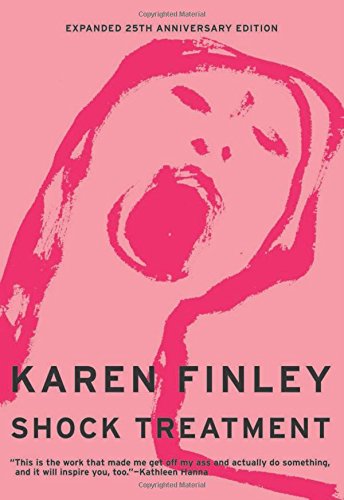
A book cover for Shock Treatment: Expanded 25th Anniversary Edition; Karen Finley; Arts & Photography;